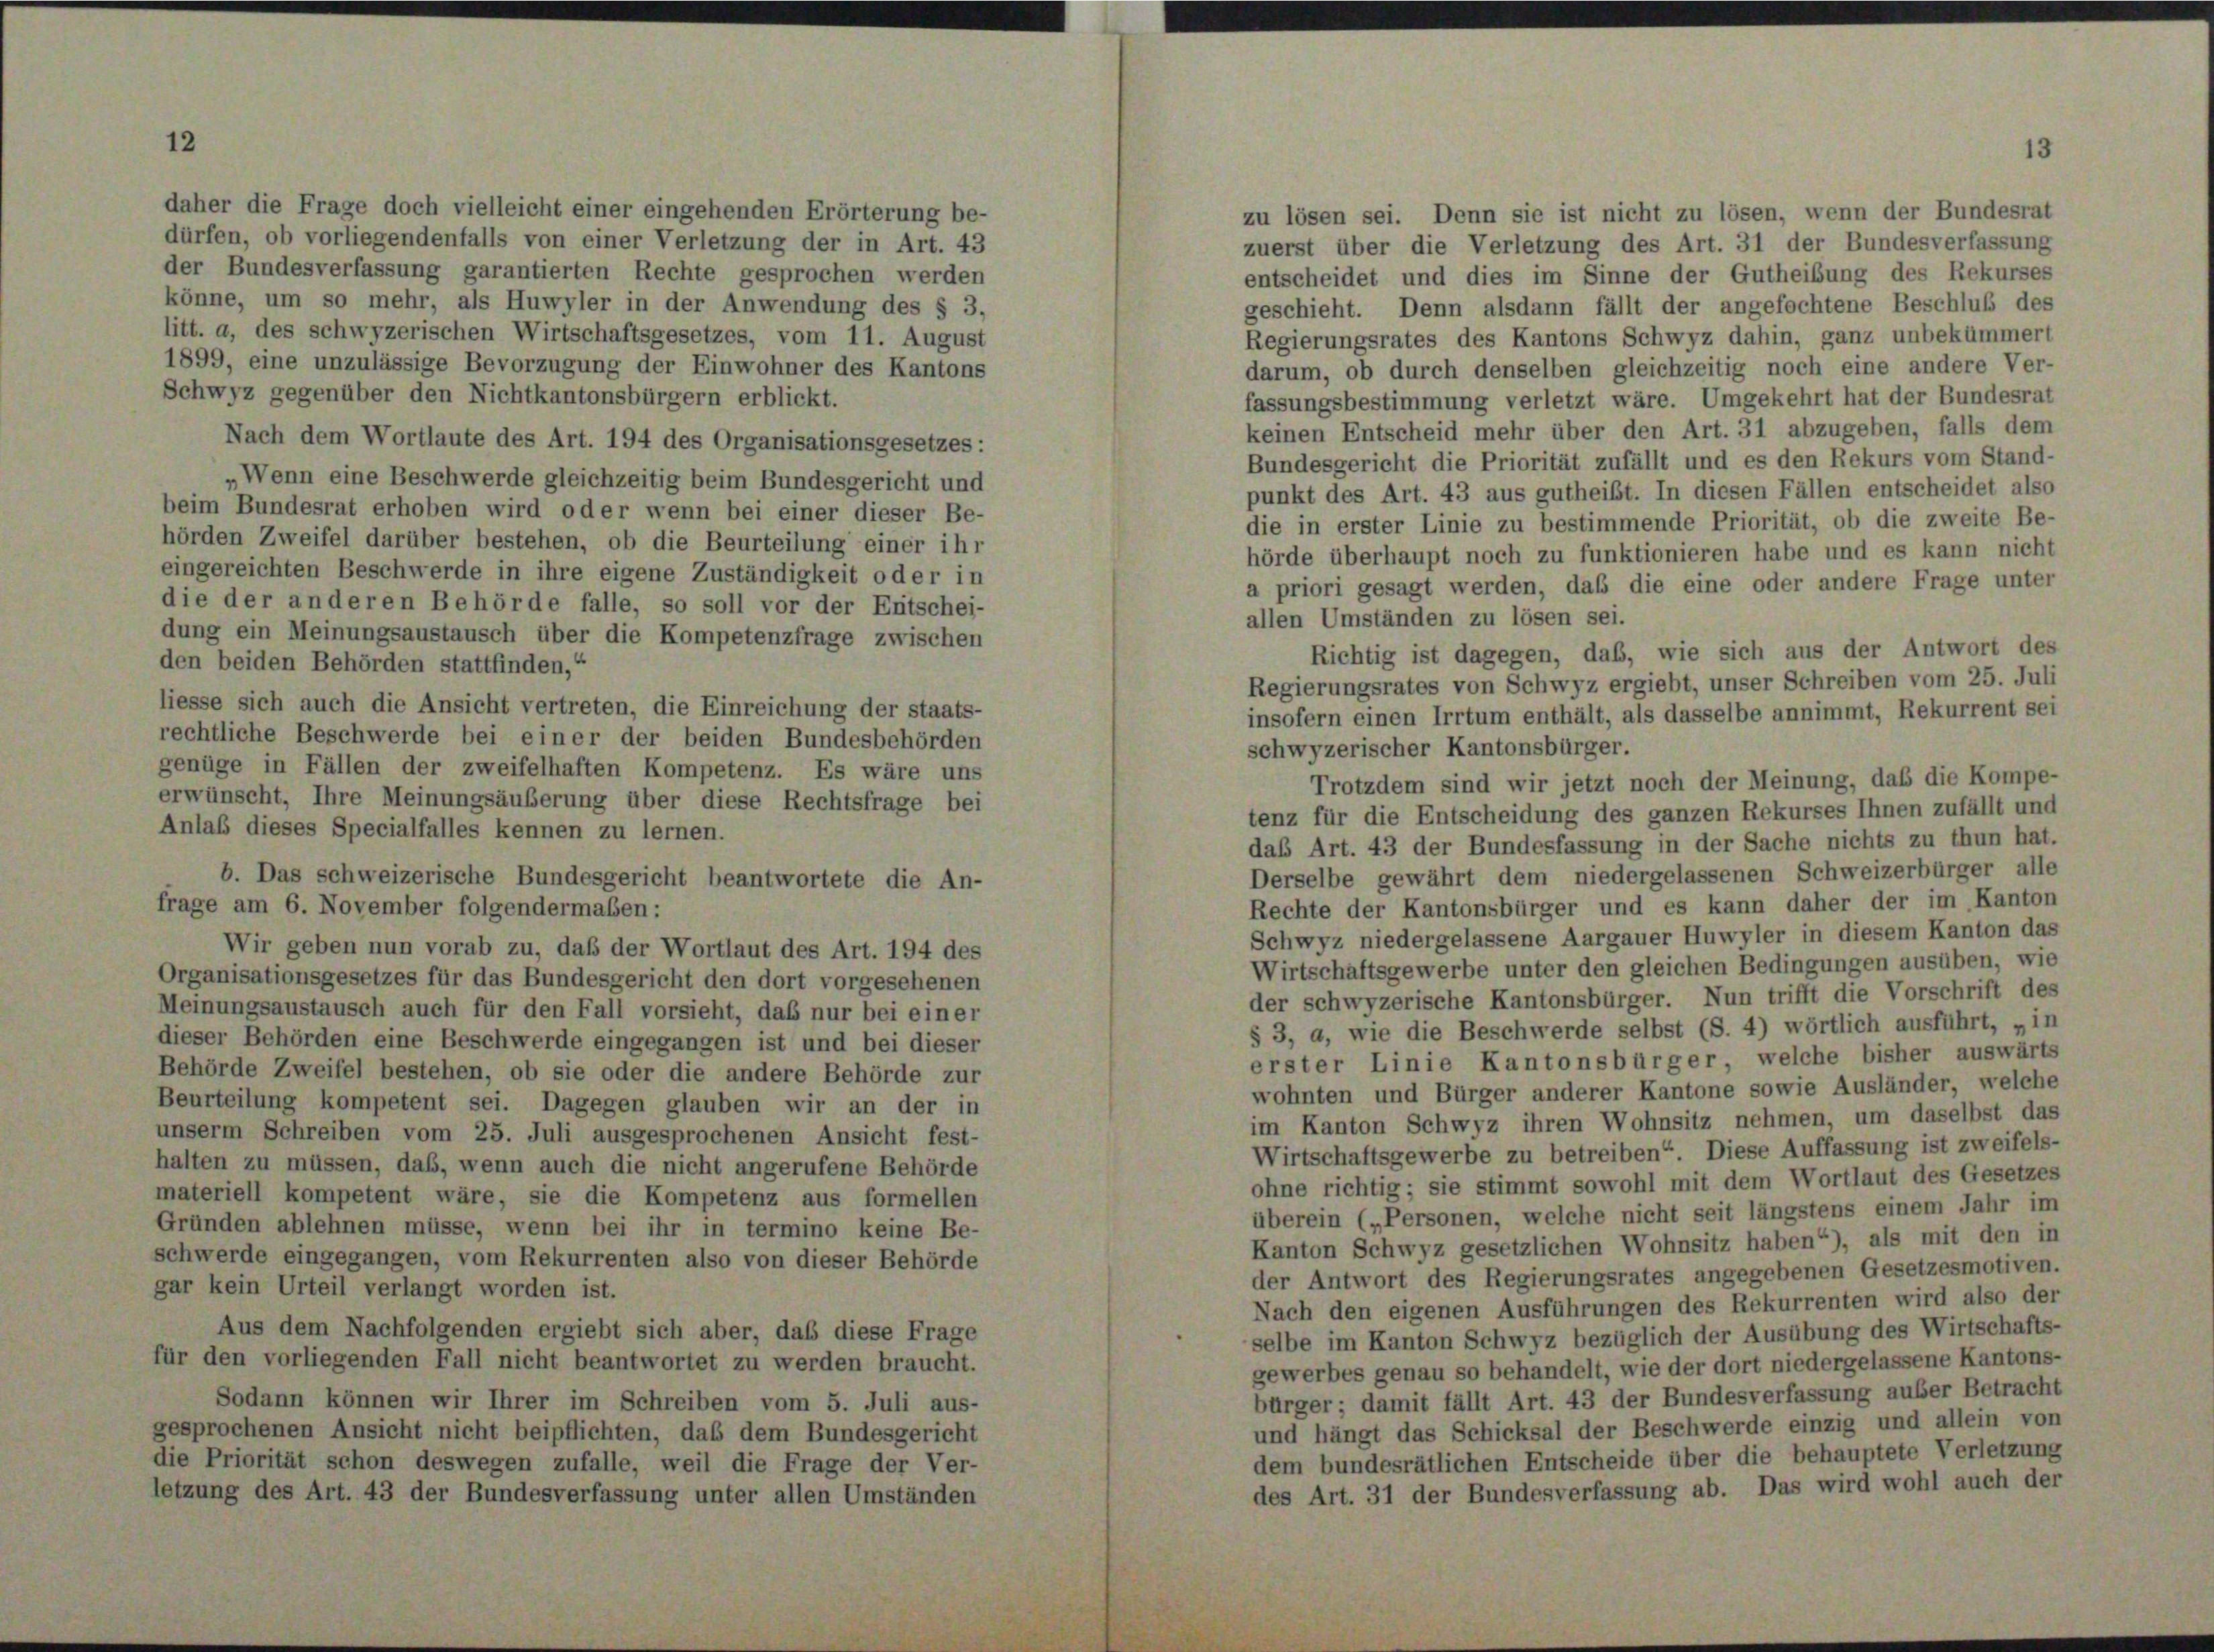
daher die Frage doch vielleicht einer eingehenden Erörterung be-
dürfen, ob vorliegendenfalls von einer Verletzung der in Art. 43
der Bundesverfassung garantierten Rechte gesprochen werden
könne, um so mehr, als Huwyler in der Anwendung des § 3,

entscheidet und dies im Sinne der Gutheibung des Rekurse
geschieht. Denn alsdann fällt der angefochtene Beschluß des
litt. a, des schwyzerischen Wirtschaftsgesetzes, vom 11. August
Regierungsrates des Kantons Schwyz dahin, ganz unbekümmert
1899, eine unzulässige Bevorzugung der Einwohner des Kantons
darum, ob durch denselben gleichzeitig noch eine andere Ver-
Schwyz gegenüber den Nichtkantonsbürgern erblickt.
fassungsbestimmung verletzt wäre. Umgekehrt hat der Bundesra
keinen Entscheid mehr über den Art. 31 abzugeben, falls den
Nach dem Wortlaute des Art. 194 des Organisationsgesetzes:
Bundesgericht die Priorität zufällt und es den Rekurs vom Stand-
„Wenn eine Beschwerde gleichzeitig beim Bundesgericht und
punkt des Art. 43 aus gutheilt. In diesen Fällen entscheidet als
beim Bundesrat erhoben wird oder wenn bei einer dieser Be-
die in erster Linie zu bestimmende Priorität, ob die zweite Be
hörden Zweifel darüber bestehen, ob die Beurteilung einer ihr
hörde überhaupt noch zu funktionieren habe und es kann nich
eingereichten Beschwerde in ihre eigene Zuständigkeit oder in
a priori gesagt werden, daß die eine oder andere Frage unte
die der anderen Behörde falle, so soll vor der Entschei-
allen Umständen zu lösen sei.
dung ein Meinungsaustausch über die Kompetenzfrage zwischen
Richtig ist dagegen, das, wie sich aus der Antwort de
den beiden Behörden stattfinden,“
Regierungsrates von Schwyz ergiebt, unser Schreiben vom 25. Jul
liesse sich auch die Ansicht vertreten, die Einreichung der staats-
insofern einen Irrtum enthält, als dasselbe annimmt, Rekurrent se
rechtliche Beschwerde bei einer der beiden Bundesbehörden
schwyzerischer Kantonsbürger.
genüge in Fällen der zweifelhaften Kompetenz. Es wäre uns
erwünscht, Ihre Meinungsäußerung über diese Rechtsfrage bei
tenz für die Entscheidung des ganzen Rekurses Ihnen zufällt und
Anlaß dieses Specialfalles kennen zu lernen.
das Art. 43 der Bundesfassung in der Sache nichts zu thun ha
Derselbe gewährt dem niedergelassenen Schweizerbürger alle
b. Das schweizerische Bundesgericht beantwortete die An-
Rechte der Kantonsbürger und es kann daher der im Kanton
frage am 6. November folgendermaßen:
Schwyz niedergelassene Aargauer Huwyler in diesem Kanton das
Wir geben nun vorab zu, daß der Wortlaut des Art. 194 des
Wirtschaftsgewerbe unter den gleichen Bedingungen ausüben, wi
Organisationsgesetzes für das Bundesgericht den dort vorgesehenen
der schwyzerische Kantonsbürger. Nun trifft die Vorschrift der
Meinungsaustausch auch für den Fall vorsieht, daß nur bei einer
§ 3, a, wie die Beschwerde selbst (S. 4) wörtlich ausführt, „is
dieser Behörden eine Beschwerde eingegangen ist und bei dieser
erster Linie Kantonsbürger, welche bisher auswärt
Behörde Zweifel bestehen, ob sie oder die andere Behörde zur
wohnten und Bürger anderer Kantone sowie Ausländer, welch
Beurteilung kompetent sei. Dagegen glauben wir an der in
im Kanton Schwyz ihren Wohnsitz nehmen, um daselbst de
unserm Schreiben vom 25. Juli ausgesprochenen Ansicht fest-
Wirtschaftsgewerbe zu betreiben“. Diese Auffassung ist zweifels
halten zu müssen, daß, wenn auch die nicht angerufene Behörde
ohne richtig; sie stimmt sowohl mit dem Wortlaut des Gesetzt
materiell kompetent wäre, sie die Kompetenz aus formellen
überein („Personen, welche nicht seit längstens einem Jahr in
Gründen ablehnen müsse, wenn bei ihr in termino keine Be-
Kanton Schwyz gesetzlichen Wohnsitz haben“), als mit den is
schwerde eingegangen, vom Rekurrenten also von dieser Behörde
der Antwort des Regierungsrates angegebenen Gesetzesmotive
gar kein Urteil verlangt worden ist.
Nach den eigenen Ausführungen des Rekurrenten wird also de
Aus dem Nachfolgenden ergiebt sich aber, daß diese Frage
selbe im Kanton Schwyz bezüglich der Ausübung des Wirtschaft
für den vorliegenden Fall nicht beantwortet zu werden braucht.
gewerbes genau so behandelt, wie der dort niedergelassene Kantons
bürger; damit fällt Art. 43 der Bundesverfassung auser Betrac
Sodann können wir Ihrer im Schreiben vom 5. Juli aus-
und hängt das Schicksal der Beschwerde einzig und allein ve
gesprochenen Ansicht nicht beipflichten, daß dem Bundesgericht
dem bundesrätlichen Entscheide über die behauptete Verletzun
die Priorität schon deswegen zufalle, weil die Frage der Ver-
des Art. 31 der Bundesverfassung ab. Das wird wohl auch de
letzung des Art. 43 der Bundesverfassung unter allen Umständen

zu lösen sei. Denn sie ist nicht zu lösen, wenn der Bundesrat
zuerst über die Verletzung des Art. 31 der Bundesverfassung

Trotzdem sind wir jetzt noch der Meinung, daß die Kompe

3